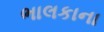
ભાલકાના